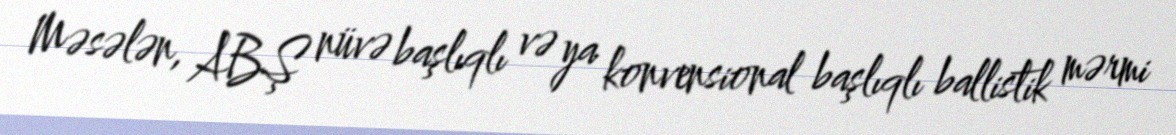
Məsələn, ABŞ nüvə başlıqlı və ya konvensional başlıqlı ballistik mərmi